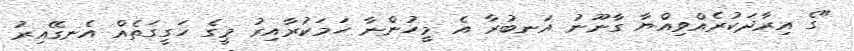
"ގެ އިރާދަކުރެއްވިއްޔާ ގާނޫނު އަނބުރާ އެ މީހުންނާ ހަމަކުރާއިރު މީގެ ހަގީގަތެއް އެނގޭއިރު